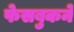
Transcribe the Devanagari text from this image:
फेसबुकने